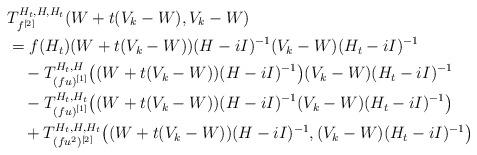
LaTeX: \begin{align*}&T^{H_t,H,H_t}_{f^{[2]}}(W+t(V_k-W),V_k-W)\\&=f(H_t)(W+t(V_k-W))(H-iI)^{-1}(V_k-W)(H_t-iI)^{-1}\\&\quad-T_{(fu)^{[1]}}^{H_t,H}\big((W+t(V_k-W))(H-iI)^{-1}\big)(V_k-W)(H_t-iI)^{-1}\\&\quad-T_{(fu)^{[1]}}^{H_t,H_t}\big((W+t(V_k-W))(H-iI)^{-1}(V_k-W)(H_t-iI)^{-1}\big)\\&\quad+T_{(fu^2)^{[2]}}^{H_t,H,H_t}\big((W+t(V_k-W))(H-iI)^{-1},(V_k-W)(H_t-iI)^{-1}\big)\end{align*}